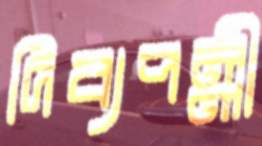
দিব্যপল্লী